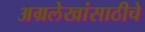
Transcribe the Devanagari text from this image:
अग्रलेखांसाठीचे